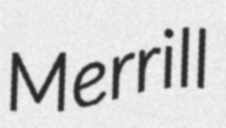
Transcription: Merrill